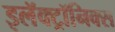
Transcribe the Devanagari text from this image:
इलॅक्ट्रॉनिक्स